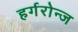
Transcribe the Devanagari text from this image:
हर्गरोन्ज